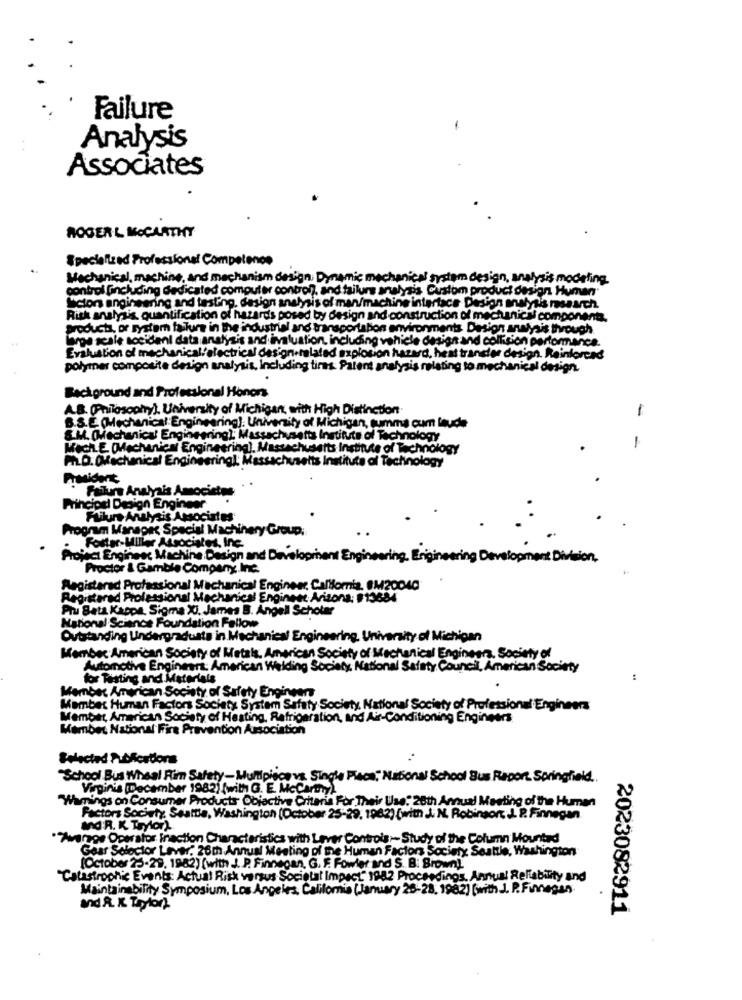
Failure
-
Analysis
Associates
ROGERL MCCARTHY
Specialized Professional Competence
..
Mechanical, machine, and mechanism de
sis modeling.
control (including dedicated compul
& Custom product dos
In Human
Siclon engineering and testing. des
Bis ol man/machi
startace Design salysis rsasch.
Risk analysis quantification of haze
I by design and construction
components.
Products, or system failure in the ind
ents
through
large scale accident data analysis and
, including
desia
tand collision performance.
Evaluation of mechanical/electrical
led explosion hazard, heat trand!er de
n. Reinforced
polymer composite design analysis, Including tins Pale
Hating
sion
Background and Professional Honors
A.B. (Philosophy), University of Michigan, with High Distinction.
-
B.S.E. (Mechanical Engineering): University of Michigan, summa cum laude
S.M. Diechanical Engineering); Massachusetts Institute of Technology
1
Wech. E. (Mechanical Engineering), Massachusetts Institute of Technology
PIL.D. OMechanical Engineering); Massachusetts Institute of Technology
President
. Failure Analysis Amocietme
Principal Design Engineer
Failure Analysis Associates
Program Manager Special Machinery Group.
Foster-Miller Atsociales, Inc.
Project Engineer Machine Design and Development Engineering.
Engineering Development Division,
Proctor & Gamble Company Inc.
Registered Professional Mechanical Engineer, Calllomis. 8M20040
Registered Professional Machanical Engineet Arizona: #13684
Pru Bata Kappa. Sigma Xi. James B. Angell Scholar
National Science Foundation Fallow
Outstanding Undergraduate in Mechanical Engineering, University of Michigan
Member American Society of Metals, American
isty of Mechanical Engineers, Society of
Automotive Engineer: American Welding
Xx National Safety Council, American Society
for Testing and Materials
:
Member American Society of Safety Engineer
Member Human Factors Society System Safety Society National Society of Professional Engineers
Member American Society of Heating, Refrigeration, and Air-Conditioning Engineers
Member National Fire Prevention Association
Selected Abfcations
School Bus Wissel Rim Safety- Multipiece vs. Single Place" National School Bus Report Springfield.
Virginia (December 1982) (with G. E. Mccarthy)
Warnings on Consumer Products Objective Criteria For Their Use: 28th Annual Meeting of the Human
Factors Society Seattle, Washington (October 25-29. 1082) (with J. N. Robinsont. J. P. Finnegan
andR. K. Trytor)
""Zwerge Operator Inaction Characteristics with Lever Controls :- Study of the Column Mounted
Gear Selector Lever: 26th Annual Meeting of the Human Factors Society Seattle, Washington
(October 25-29, 1982) (with J. P. Finnegan, G. F. Fowler and S. B: Brown).
Colistrophic Events: Actual Risk versus Societal Impact" 1982 Proceedings, Annual Reliability and
Maintainability Symposium, Los Angeles, California (January 26-28, 1982) (with J. P. Fragan
andRX Taylort
2023082911